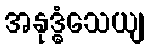
အနုဒ္ဓံသေယျ